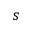
s